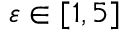
\varepsilon \in [ 1 , 5 ]